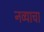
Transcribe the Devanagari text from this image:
नव्याचा